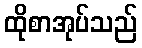
ထိုစာအုပ်သည်